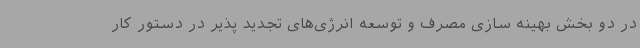
در دو بخش بهینه سازی مصرف و توسعه انرژی‌های تجدید پذیر در دستور کار